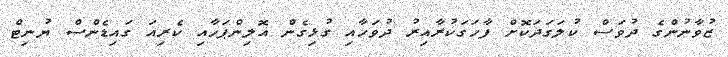
ޒުވާނުންގެ ދުވަސް ކުލަގަދަކޮށް ފާހަގަކުރާއިރު ދުވަހާއި ގުޅިގެން އޮލިންޕަހާއި ކެރިއަ ގައިޑެންސް ޔުނިޓް